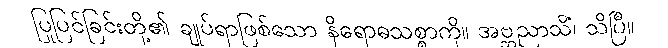
ပြုပြင်ခြင်းတို့၏ ချုပ်ရာဖြစ်သော နိရောဓသစ္စာကို။ အဗ္ဘညာသိံ၊ သိပြီ။